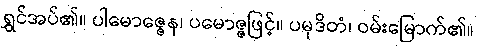
ရွှင်အပ်၏။ ပါမောဇ္ဇေန၊ ပမောဇ္ဇဖြင့်။ ပမုဒိတံ၊ ဝမ်းမြောက်၏။